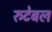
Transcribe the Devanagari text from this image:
रुटेबल